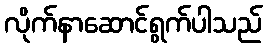
လိုက်နာဆောင်ရွက်ပါသည်